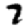
Digit: 7